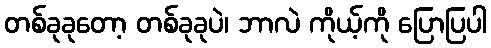
တစ်ခုခုတော့ တစ်ခုခုပဲ၊ ဘာလဲ ကိုယ့်ကို ပြောပြပါ